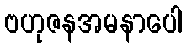
ဗဟုဇနအမနာပေါ